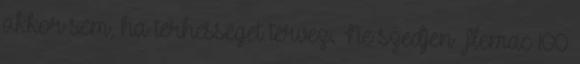
akkor sem, ha terhességet tervez. Ne szedjen Flemac 100